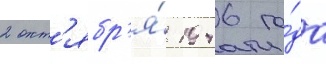
2 окт'ябр'я́ 1946 го́да